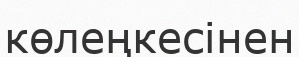
көлеңкесінен